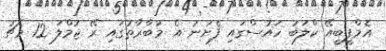
އެމްޕީބީއޭ ކްލަބު ހައުސްގައި ފެށުނު އެ މުބާރާތުގައި ރޭ ޖުމްލަ 12 މެޗު